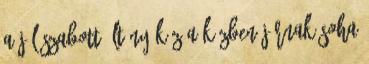
a jól szabott öltöny kéz a kézben járnak Soha